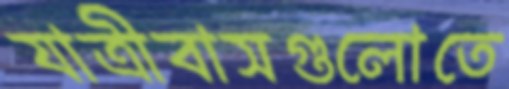
যাত্রীবাসগুলোতে